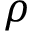
\rho